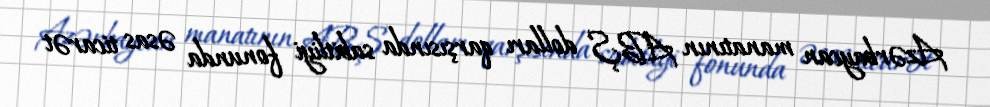
Azərbaycan manatının ABŞ dolları qarşısında sabitliyi fonunda əsas ticarət